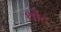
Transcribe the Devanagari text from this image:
थोंट